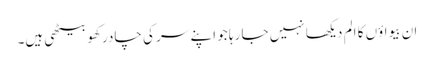
ان بیواؤں کا الم دیکھا نہیں جا رہا جو اپنے سر کی چادر کھو بیٹھی ہیں۔